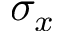
\sigma _ { x }